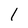
Character: 1